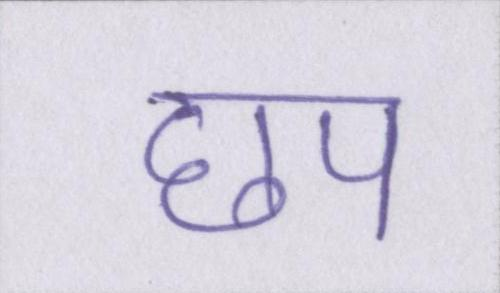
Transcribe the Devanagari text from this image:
छप